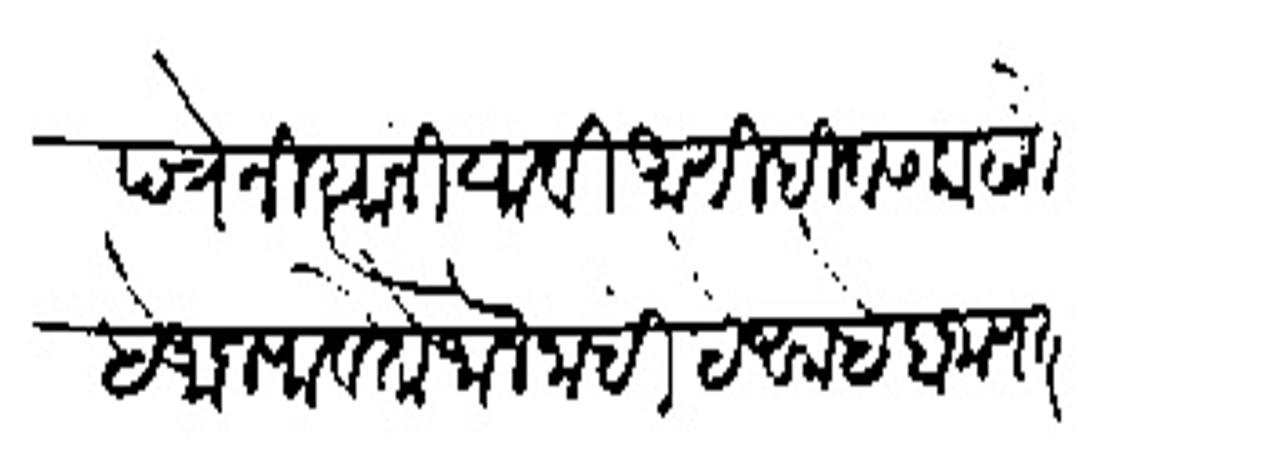
Transliteration (Devanagari): पत्रे नित्यांनी यावी आणि दिवस काढावे हे आज पावेतो जाले नाहीं हे साहेब जाणत